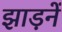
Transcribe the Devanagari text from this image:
झाड़नें